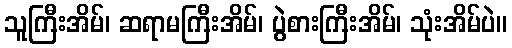
သူကြီးအိမ်၊ ဆရာမကြီးအိမ်၊ ပွဲစားကြီးအိမ်၊ သုံးအိမ်ပဲ။